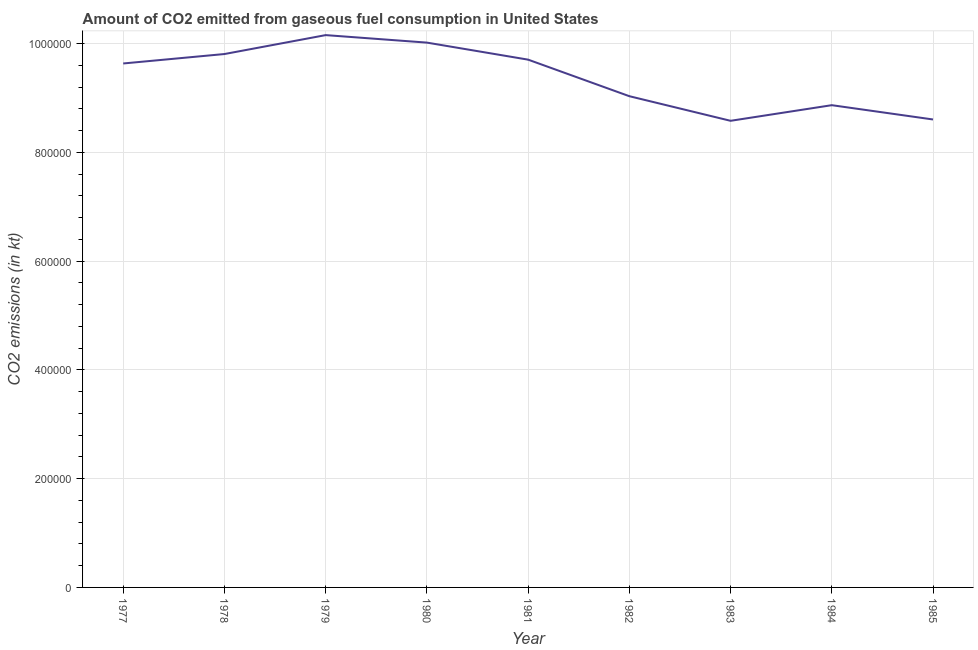
| Year | CO2 emissions from gaseous fuel consumption |
 | --- | --- |
 | 1977 | 9.64e+05 |
 | 1978 | 9.81e+05 |
 | 1979 | 1.02e+06 |
 | 1980 | 1e+06 |
 | 1981 | 9.71e+05 |
 | 1982 | 9.03e+05 |
 | 1983 | 8.58e+05 |
 | 1984 | 8.87e+05 |
 | 1985 | 8.61e+05 |